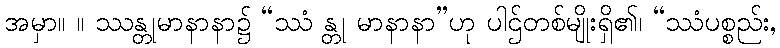
အမှာ။ ။ ဿန္တုမာနာနာ၌ “ဿံ န္တု မာနာနာ”ဟု ပါဌ်တစ်မျိုးရှိ၏၊ “ဿံပစ္စည်း,